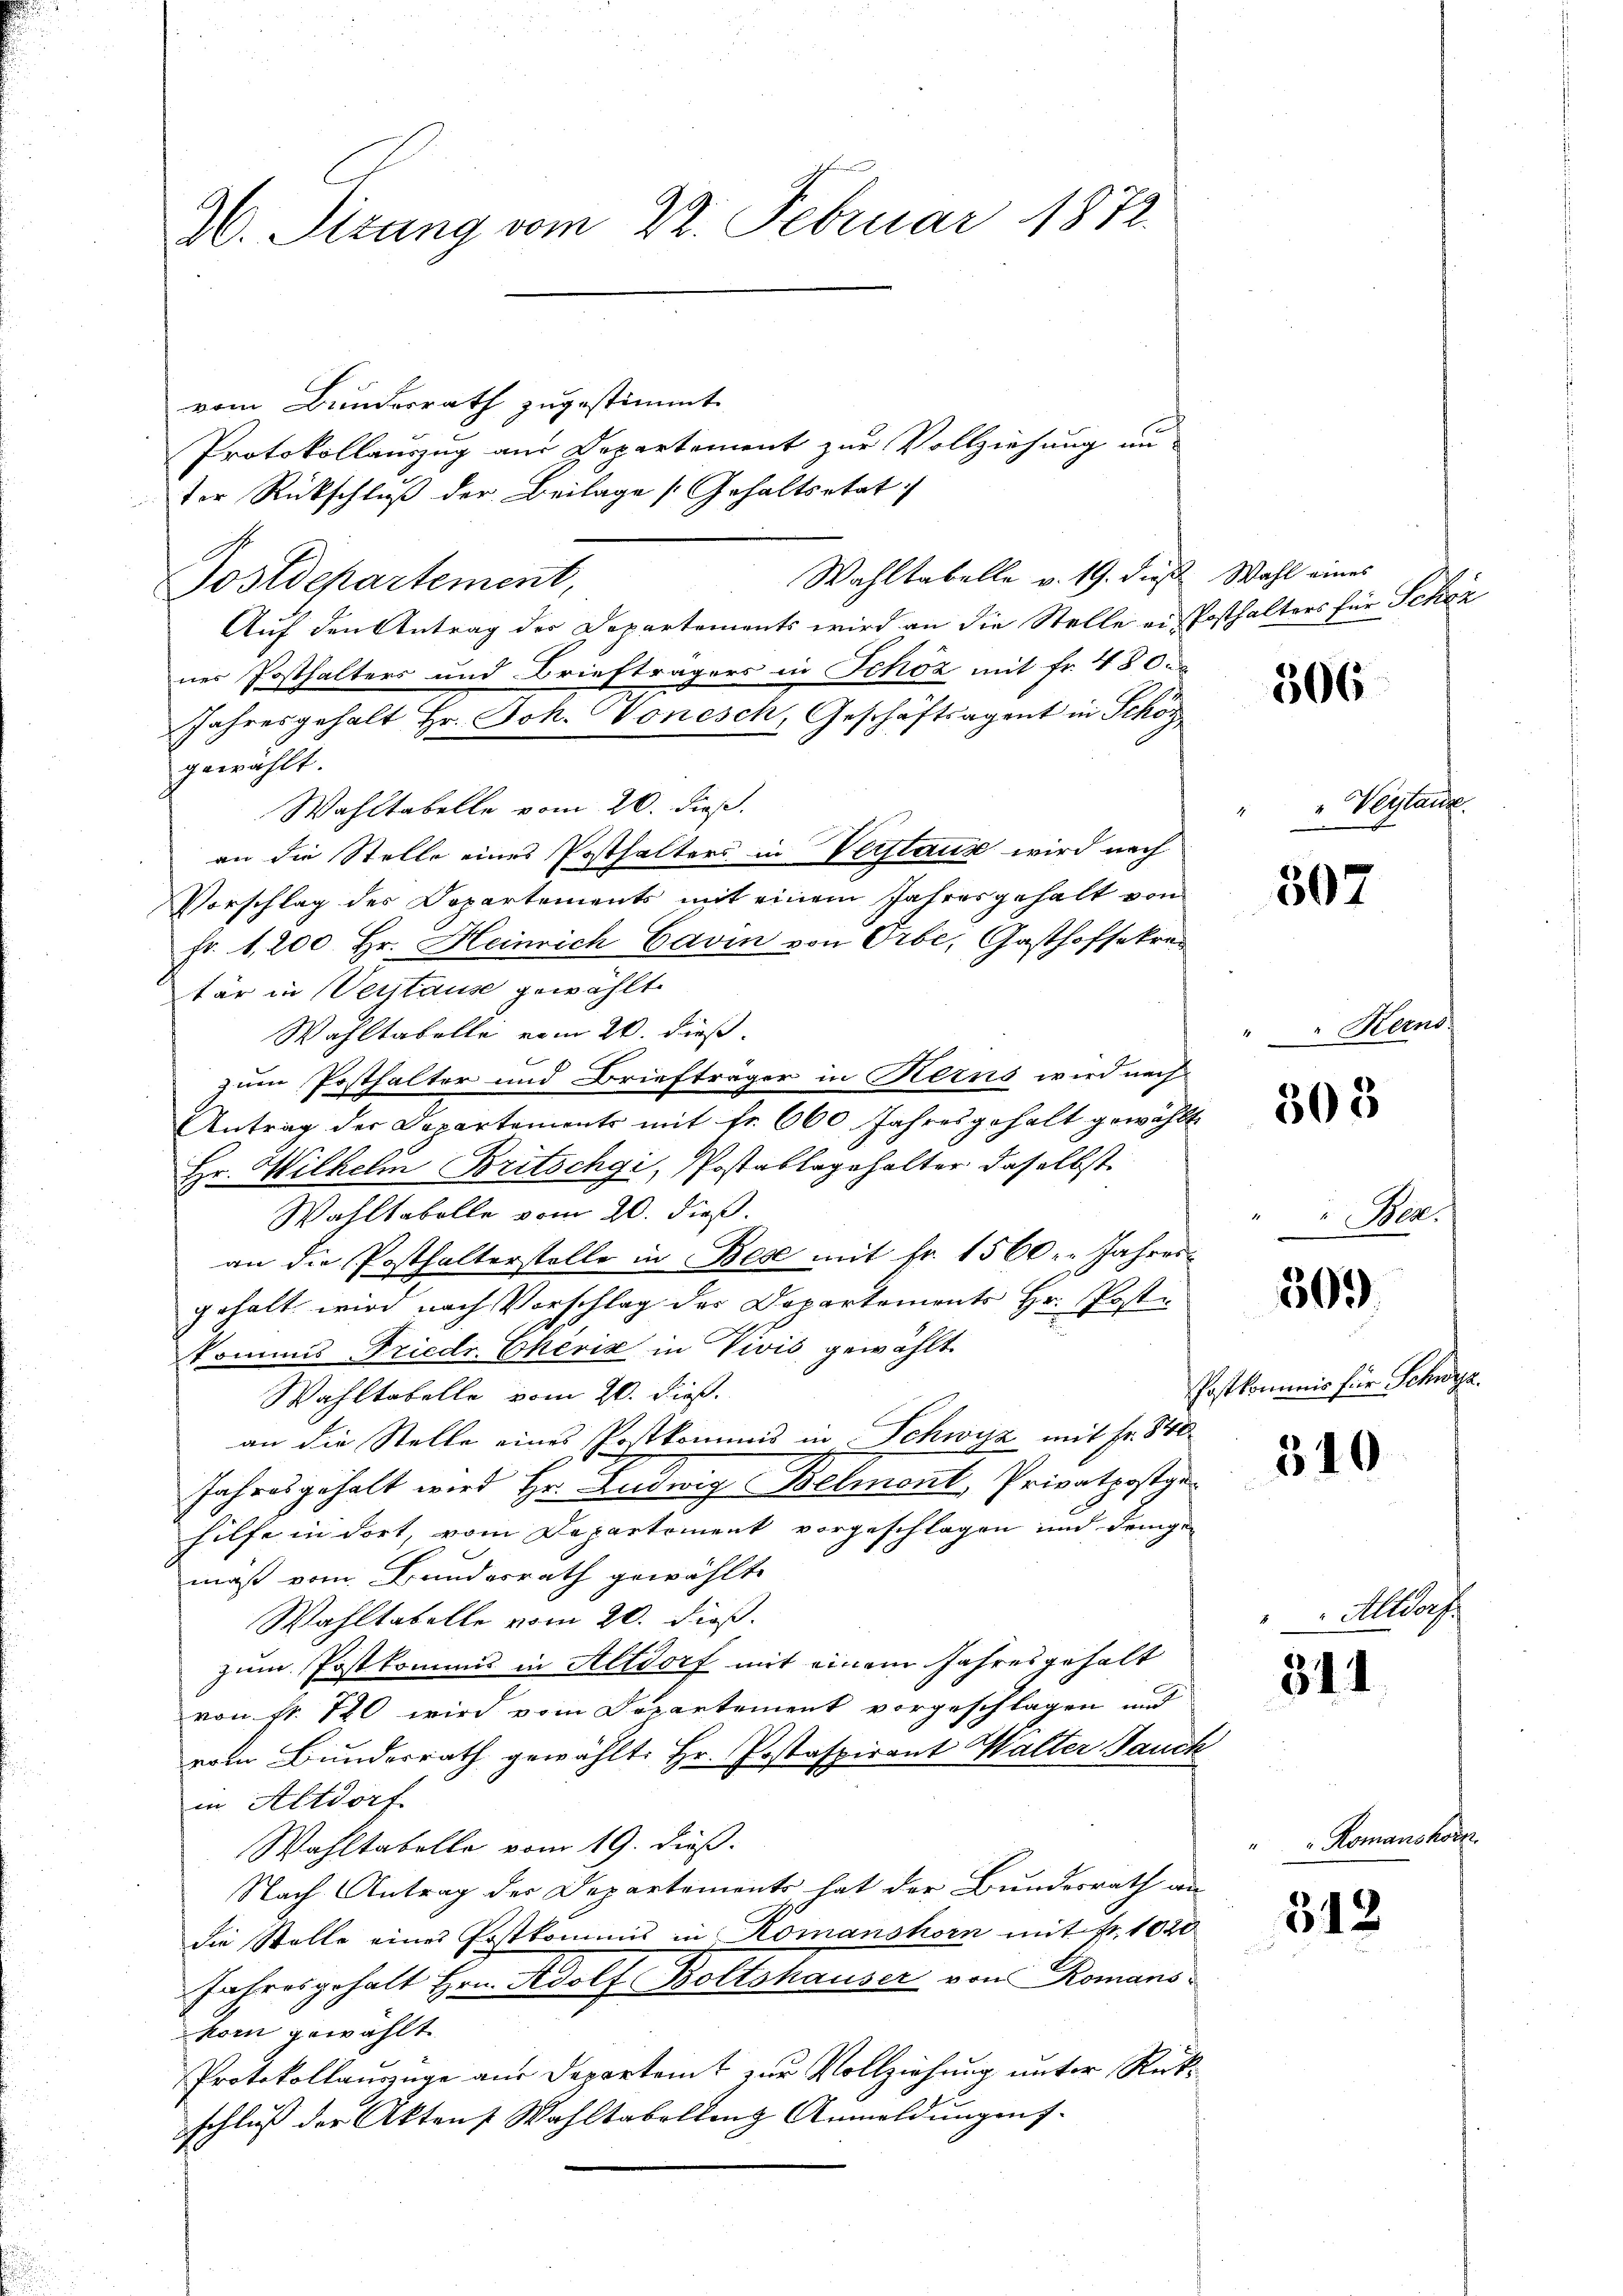
W. Sizung vom 22. Februar 1872.

vom Bundesrath zugestimmt
ter Rückschluß der Beilage (Gehaltsetat
Postdepartement,
Auf den Antrag der Departements wird an die Stelle er Posthalters für Schön
ner Posthalters und Briefträgers in Schöz mit fr. 480.
Jahresgehalt Hr. Joh. Sonesch, Geschäftsagent in Schön
gewählt.
Wahltabelle vom 20. dieß.
an die Stelle eines Posthalters in Verstaux wird nach
Vorschlag des Dopartements mit einem Jahresgehalt von
Fr. 1,200. Hr. Heinrich Cavin von Orbe, Gasthofsekre
tär in Verstause gewählt.
Wahltabelle vom 20. dieß.
zum Posthalter und Briefträger in Kerns wird nach
Antrag der Departements mit fr. 660 Jahresgehalt gewählt
Hr. Wilhelm Britschgi, Postablegehalter daselbst
Wahltabelle vom 20. dieß.
an die Posthalterstelle in Bese mit fr. 1560. Jahres-
gehalt wird nach Vorschlag des Departements Hr. Poste
kommis Friedr. Eheris in Vivis gewählt.
Wahltabelle vom 20. dieß.
an die Stelle eines Postkommis in Schwyz mit Fr. 840
Jahresgehalt wird Hr. Ludwig Belmont, Privatpostgehilfe in dort, vom Departement vorgeschlagen und denige
maß vom Bundesrath gewählte
Wahltabelle vom 20. dieß.
zum Postkommis in Altdorf mit einem Jahresgehalt
von Nr. 720 wird vom Departement vorgeschlagen und
vom Bunderrath gewählt: Hr. Postaspirant Walter Sauce
in Altdorf
Wahltabelle vom 19. dieß.
Nach Antrag der Departements hat der Bundesrath an
die Stelle eines Postkommis in Romanshorn mit Fr. 1020
Jahresgehalt Hrn. Adolf Boltshauser von Romans
korn gewählt
Protokollauszüge aus Departemt zur Vollziehung unter Rückschluß der Aktens Wahltabellenz Anmeldungen f

Protokollauszug aus Departement zur Vollziehung un

Wahltabelle v. 19. dies Wahl eines

306

50

2

305

309

310

344

312

„Verstanz

Mans

Nr.

Postkommnis für Schwa

Albe

Romanshort